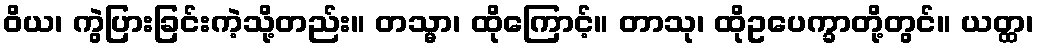
ဝိယ၊ ကွဲပြားခြင်းကဲ့သို့တည်း။ တသ္မာ၊ ထိုကြောင့်။ တာသု၊ ထိုဥပေက္ခာတို့တွင်။ ယတ္ထ၊